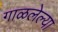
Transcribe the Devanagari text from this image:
गाळलेल्या